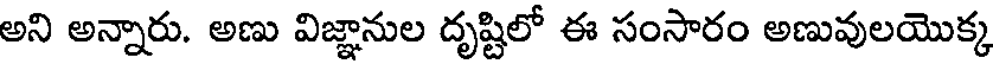
అని అన్నారు. అణు విజ్ఞానుల దృష్టిలో ఈ సంసారం అణువులయొక్క